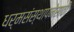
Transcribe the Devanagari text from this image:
धर्मसंस्थापनेसाठी